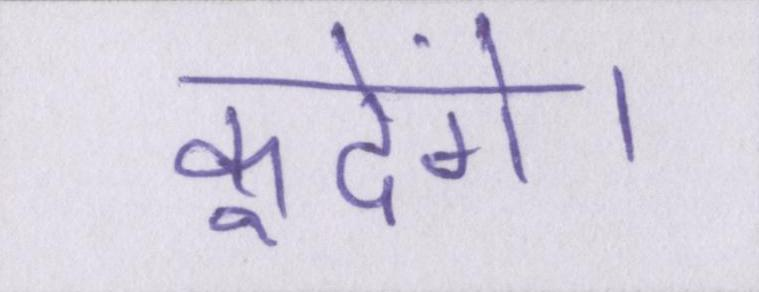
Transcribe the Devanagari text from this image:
कूदेंगे।